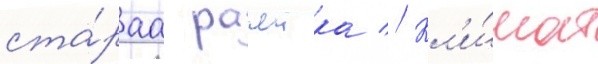
ста́раа рачеика // Кл'и́мат